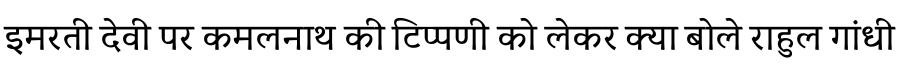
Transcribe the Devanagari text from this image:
इमरती देवी पर कमलनाथ की टिप्पणी को लेकर क्या बोले राहुल गांधी